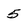
Character: 5